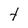
Character: t